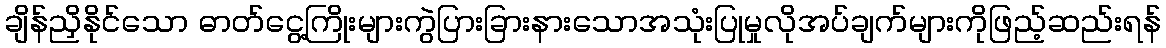
ချိန်ညှိနိုင်သော ဓာတ်ငွေ့ကြိုးများကွဲပြားခြားနားသောအသုံးပြုမှုလိုအပ်ချက်များကိုဖြည့်ဆည်းရန်